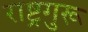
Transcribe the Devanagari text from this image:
राष्ट्रगुरू